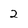
Character: 2